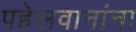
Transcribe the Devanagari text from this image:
पहेलवानांना